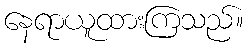
နေရာယူထားကြသည်။